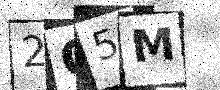
Text: 2Q5M